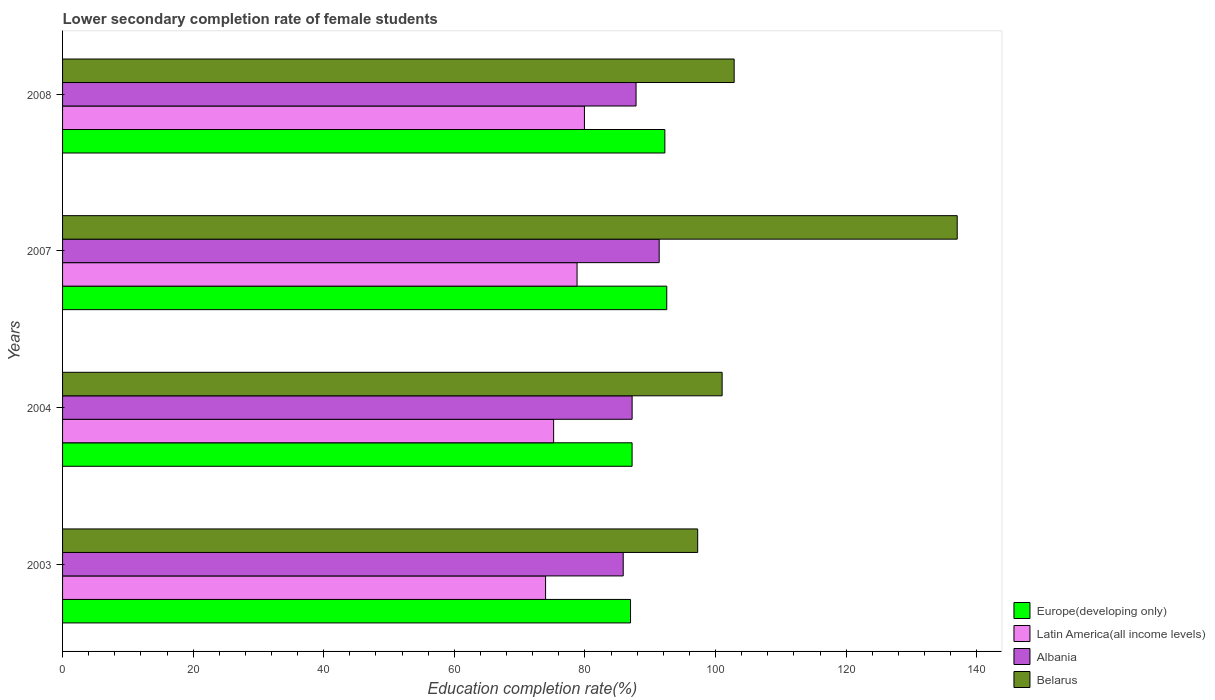
| Years | Europe(developing only) | Latin America(all income levels) | Albania | Belarus |
 | --- | --- | --- | --- | --- |
 | 2003 | 87 | 74 | 85.9 | 97.3 |
 | 2004 | 87.2 | 75.2 | 87.2 | 101 |
 | 2007 | 92.5 | 78.8 | 91.4 | 137 |
 | 2008 | 92.2 | 79.9 | 87.8 | 103 |